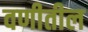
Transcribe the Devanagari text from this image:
वणीतील